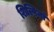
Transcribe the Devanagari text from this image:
शिल्पिनां